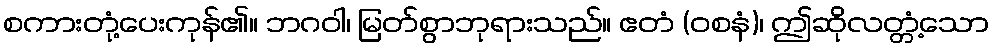
စကားတုံ့ပေးကုန်၏။ ဘဂဝါ၊ မြတ်စွာဘုရားသည်။ ဧတံ (ဝစနံ)၊ ဤဆိုလတ္တံ့သော